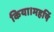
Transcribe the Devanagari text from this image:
किया।महर्षि